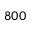
8 0 0